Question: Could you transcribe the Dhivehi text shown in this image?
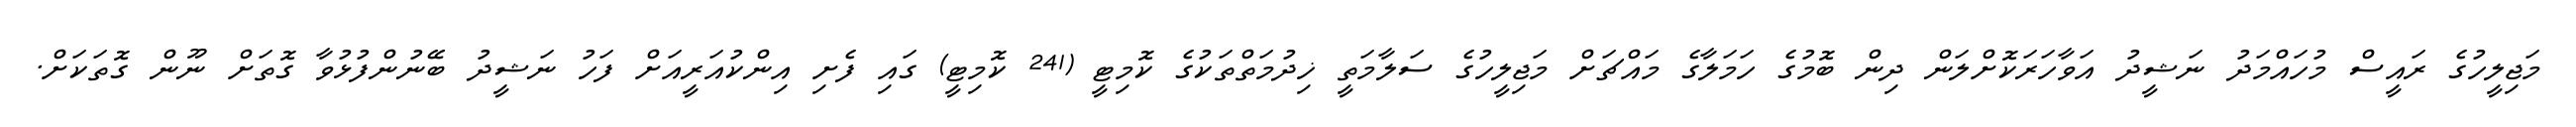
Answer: މަޖިލީހުގެ ރައީސް މުހައްމަދު ނަޝީދު އަވާހަރަކޮށްލަން ދިން ބޮމުގެ ހަމަލާގެ މައްޗަށް މަޖިލީހުގެ ސަލާމަތީ ޚިދުމަތްތަކުގެ ކޮމިޓީ (241 ކޮމިޓީ) ގައި ފެށި އިންކުއަރީއަށް ފަހު ނަޝީދު ބޭނުންފުޅުވާ ގޮތަށް ނޫން ގޮތަކަށް.